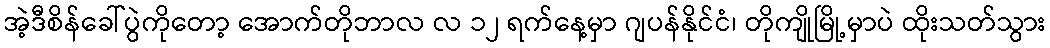
အဲ့ဒီစိန်ခေါ်ပွဲကိုတော့ အောက်တိုဘာလ လ ၁၂ ရက်နေ့မှာ ဂျပန်နိုင်ငံ၊ တိုကျိုမြို့မှာပဲ ထိုးသတ်သွား